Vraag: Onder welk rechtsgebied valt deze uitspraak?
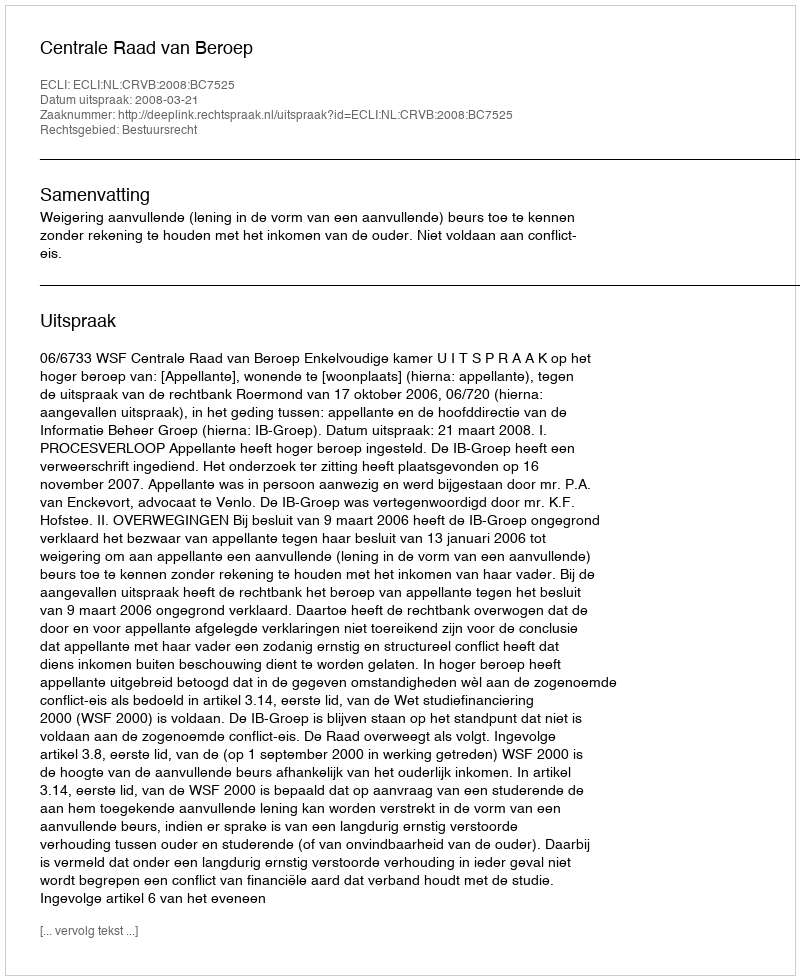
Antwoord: Bestuursrecht